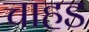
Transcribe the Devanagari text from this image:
चाहड